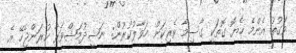
ވަގުތު އެންމެ ހެޔޮ ގޮތަކީ ގާސިމާ ވެރިކަން ހަވާލުކުރުން: ނަޝީދުމަޝްވަރާ ކުރަންޖެހޭ އެ